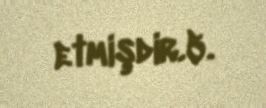
etmişdir.5.